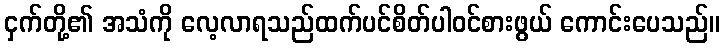
ငှက်တို့၏ အသံကို လေ့လာရသည်ထက်ပင်စိတ်ပါဝင်စားဖွယ် ကောင်းပေသည်။